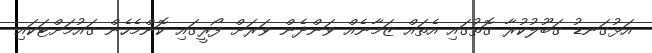
އަޅުގަނޑު ގަބޫލުކުރާ ގޮތުގައި އެތައް ޒަމާނެއް ވަންދެން ވަރަށް ފޯރީގައި ކޮންމެހެން ގައުމަށްޓަކައި